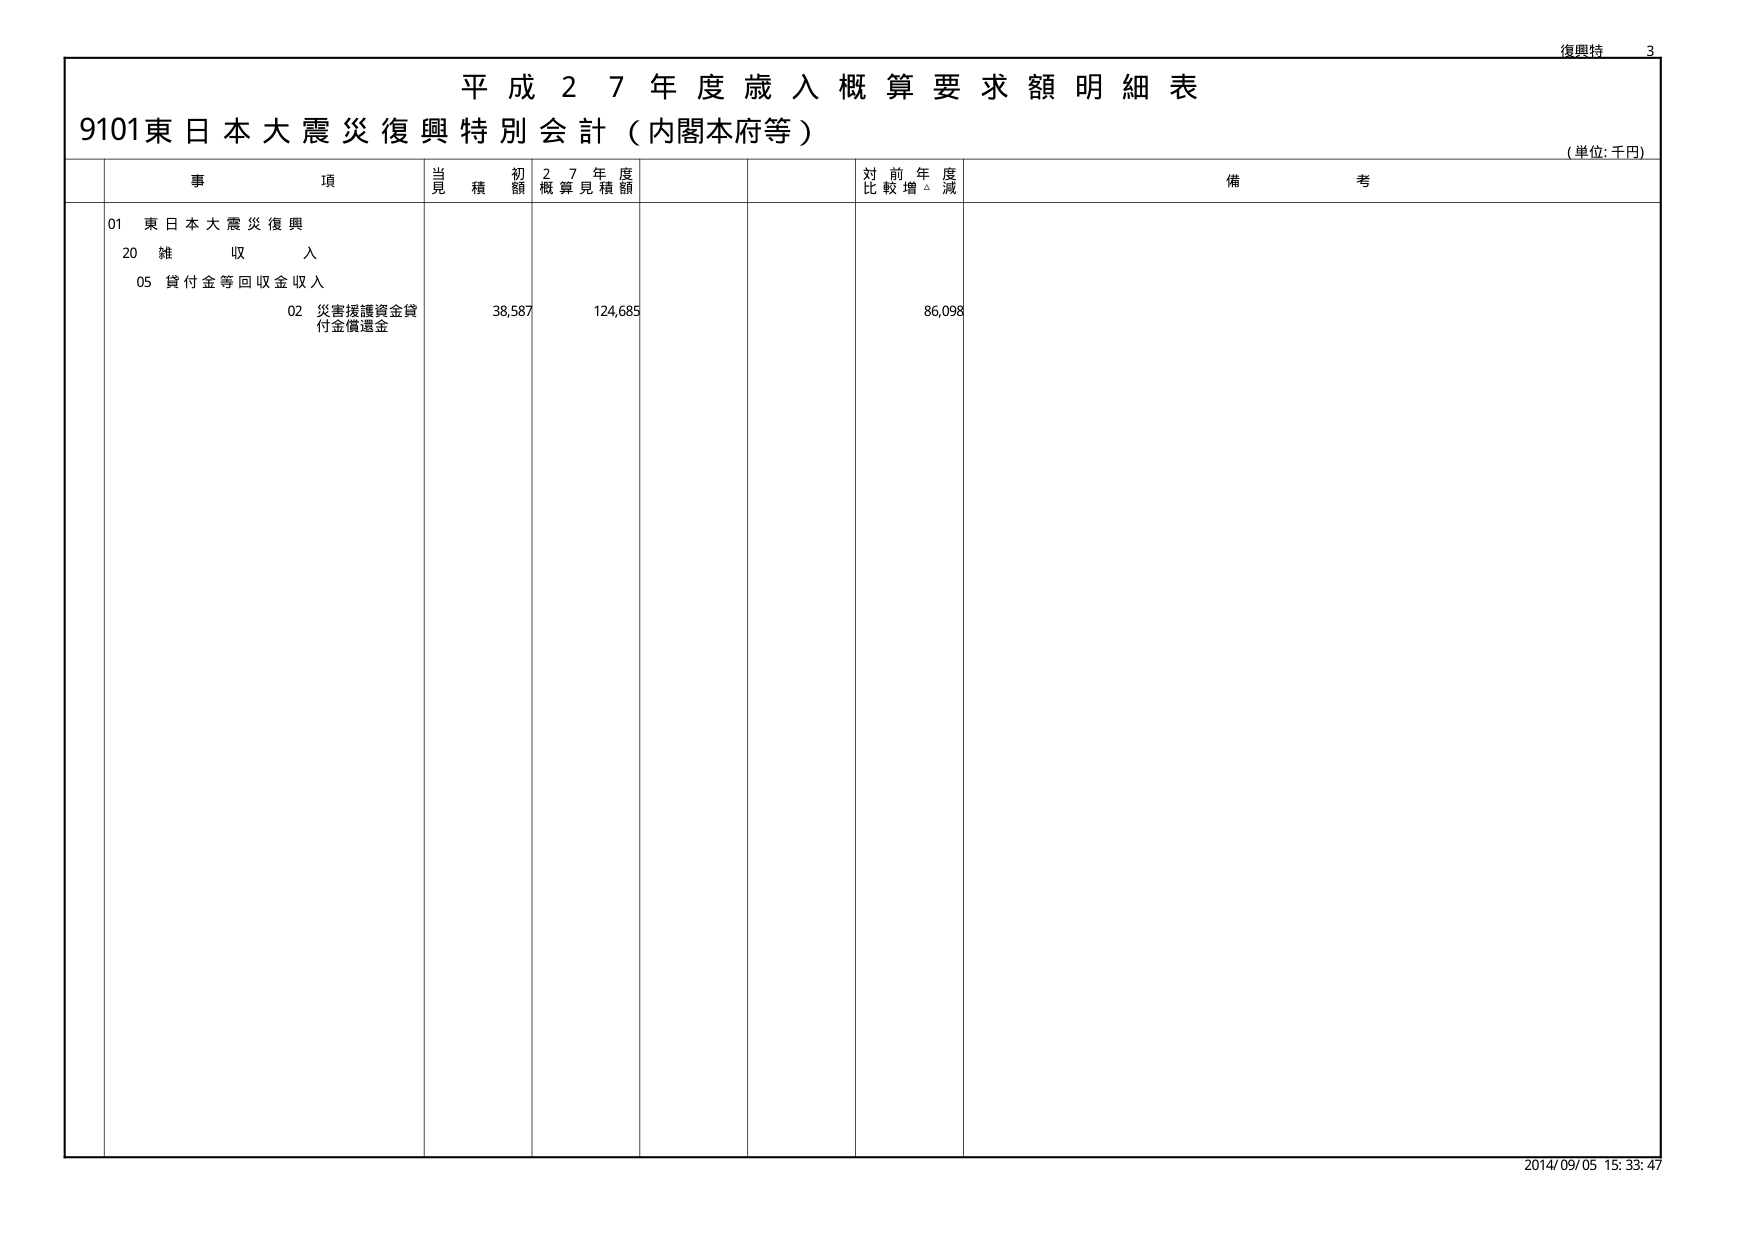
復興特 3
平成27年度歳入概算要求額明細表
9101東日本大震災復興特別会計（内閣本府等）
（単位:千円）
事項 当初見積額 27年度概算見積額 対前年度比較増減 備考
01 東日本大震災復興
20 雑収入
05 貸付金等回収金収入
02 災害援護資金貸付金償還金 38,587 124,685 86,098
2014/09/05 15:33:47